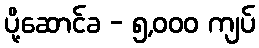
ပို့ဆောင်ခ - ၅,၀၀၀ ကျပ်